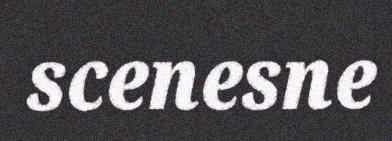
scenesne